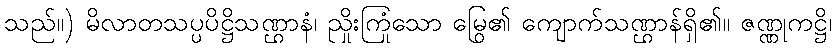
သည်။) မိလာတသပ္ပပိဋ္ဌိသဏ္ဌာနံ၊ ညှိုးကြုံသော မြွေ၏ ကျောက်သဏ္ဌာန်ရှိ၏။ ဇဏ္ဏုကဋ္ဌိ၊